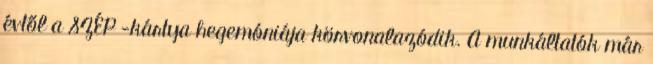
évtől a SZÉP -kártya hegemóniája körvonalazódik. A munkáltatók már